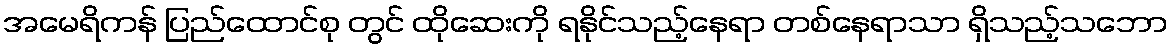
အမေရိကန် ပြည်ထောင်စု တွင် ထိုဆေးကို ရနိုင်သည့်နေရာ တစ်နေရာသာ ရှိသည့်သဘော